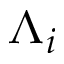
\Lambda _ { i }